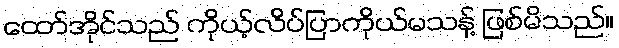
ထော်အိုင်သည် ကိုယ့်လိပ်ပြာကိုယ်မသန့် ဖြစ်မိသည်။